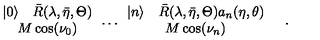
\begin{array} { c } { | 0 \rangle \quad \bar { R } ( \lambda , \bar { \eta } , \Theta ) } \\ { M \cos ( \nu _ { 0 } ) } \\ \end{array} \dots \begin{array} { c } { | n \rangle \quad \bar { R } ( \lambda , \bar { \eta } , \Theta ) a _ { n } ( \eta , \theta ) } \\ { M \cos ( \nu _ { n } ) } \\ \end{array} \quad .